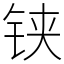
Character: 铗